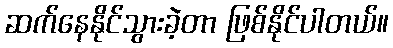
ဆက်နေနိုင်သွားခဲ့တာ ဖြစ်နိုင်ပါတယ်။